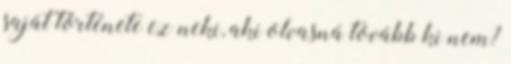
saját története ez neki, aki olvasná tovább ki nem?